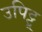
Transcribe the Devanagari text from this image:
उपिट्टू